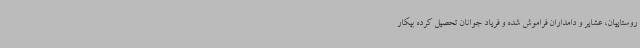
روستاییان، عشایر و دامداران فراموش شده و فریاد جوانان تحصیل کرده بیکار